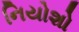
નિયોશો